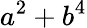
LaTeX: a^{2}+b^{4}